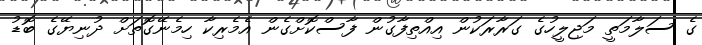
ގެ ސަލާމަތީ މަޖިލީހުގެ ގަރާރަކުން އިއްތިފާގުން ފާސްކޮށްގެން އެމެރިކާ ހިމެނޭގޮތަށް ދުނިޔޭގެ ބޮޑު